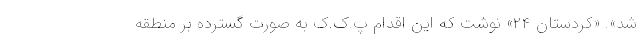
شد». «کردستان ۲۴» نوشت که این اقدام پ.ک.ک به صورت گسترده بر منطقه